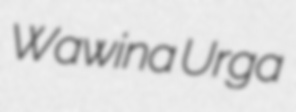
Wawina Urga